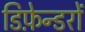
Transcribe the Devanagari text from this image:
डिफ़ेन्डरों